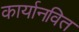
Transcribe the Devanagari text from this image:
कार्यानवित